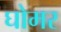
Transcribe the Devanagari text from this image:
घोमर